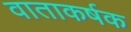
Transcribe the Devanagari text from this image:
वाताकर्षक